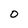
Character: O